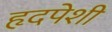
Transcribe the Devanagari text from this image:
हृदपेशी